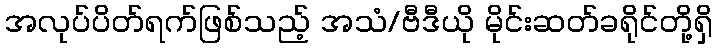
အလုပ်ပိတ်ရက်ဖြစ်သည့် အသံ/ဗီဒီယို မိုင်းဆတ်ခရိုင်တို့ရှိ